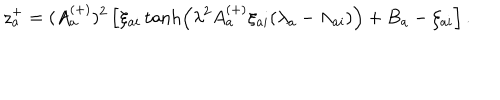
LaTeX: z _ { a } ^ { + } = ( A _ { a } ^ { ( + ) } ) ^ { 2 } \left[ \xi _ { a i } \tanh \left( \lambda ^ { 2 } A _ { a } ^ { ( + ) } \xi _ { a i } ( \lambda _ { a } - \Lambda _ { a i } ) \right) + B _ { a } - \zeta _ { a i } \right] .